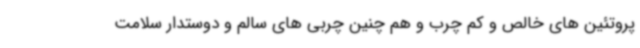
پروتئین های خالص و کم چرب و هم چنین چربی های سالم و دوستدار سلامت